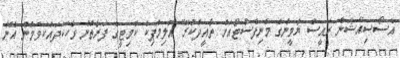
އެސޯސިއޭޝަން ރައީސް ޔާމީންގެ މެނިފެސްޓޯއަށް ތާއީދުކުރޭ" އޮލިމްޕިކް ކޮމިޓީގެ ފަރާތުން ވާހަކަދައްކަވަމުން އޭނާ